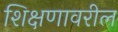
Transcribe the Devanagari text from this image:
शिक्षणावरील